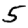
Digit: 5